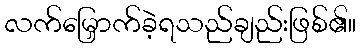
လက်မြှောက်ခဲ့ရသည်ချည်းဖြစ်၏။